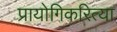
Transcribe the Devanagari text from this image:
प्रायोगिकरित्या